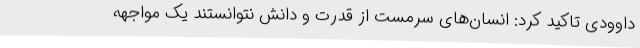
داوودی تاکید کرد: انسان‌های سرمست از قدرت و دانش نتوانستند یک مواجهه